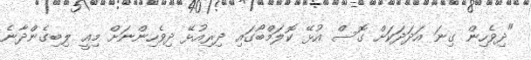
"ދިވެހިން ގިނަ އަދަދަކަށް ގޮސް އުޅޭ ކޮލަމްބޯގައި ދިރިއުޅޭ ދިވެހިންނަށް މިއީ ލިބިގެންދާނެ